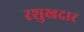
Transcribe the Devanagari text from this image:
रशुखदार